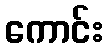
ကောင်း